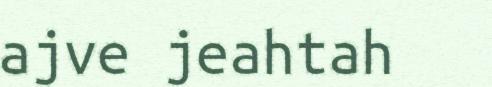
ajve jeahtah